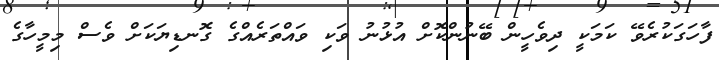
ފާހަގަކުރެވޭ ކަމަކީ ދިވެހީން ބޭނުންކޮށް އުޅުނު ވަކި ވައްތަރެއްގެ ގޮނޑިޔަކަށް ވެސް މިމީހާގެ